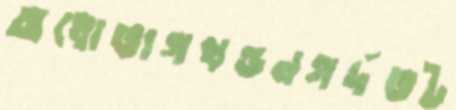
অধোভাগখন্ডনগর্দভট